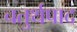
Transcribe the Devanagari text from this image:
चतुर्थपाद